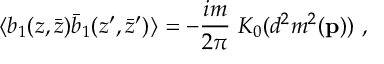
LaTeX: \langle b _ { 1 } ( z , \bar { z } ) \bar { b } _ { 1 } ( z ^ { \prime } , \bar { z } ^ { \prime } ) \rangle = - { \frac { i m } { 2 \pi } } ~ K _ { 0 } ( d ^ { 2 } m ^ { 2 } ( { \bf p } ) ) ~ ,